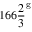
1 6 6 { \frac { 2 } { 3 } } ^ { \mathrm { g } }